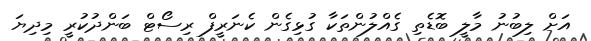
އަށް ލިބުނު މާލީ ބޮޑެތި ގެއްލުންތަކާ ގުޅިގެން ކެނަރީފް ރިސޯޓް ބަންދުކުރީ މިދިޔަ